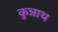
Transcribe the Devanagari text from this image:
कुन्नाथ